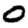
Digit: 0